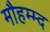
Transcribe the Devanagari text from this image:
मौहम्म्द